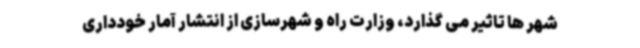
شهر ها تاثیر می گذارد، وزارت راه و شهرسازی از انتشار آمار خودداری